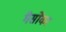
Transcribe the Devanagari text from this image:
गैसोंका